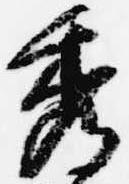
秀